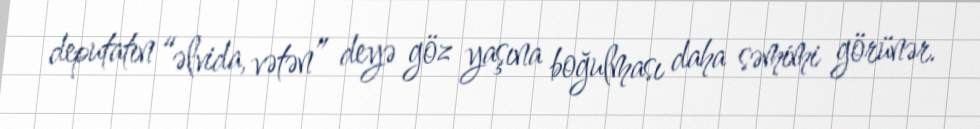
deputatın “əlvida, vətən” deyə göz yaşına boğulması daha səmimi görünər.